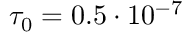
\tau _ { 0 } = 0 . 5 \cdot 1 0 ^ { - 7 }